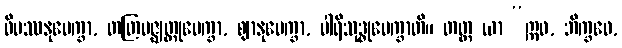
ဝိပဿနုပေက္ခာ, တတြမဇ္ဈတ္တုပေက္ခာ, ဈာနုပေက္ခာ, ပါရိသုဒ္ဓုပေက္ခာတိ။ တတ္ထ ယာ “ဣဓ, ဘိက္ခဝေ,